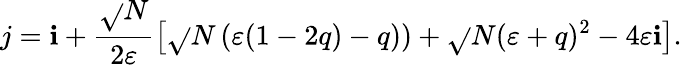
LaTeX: j=\mathbf{i}+\frac{{\sqrt{}{{N}}}}{{2\varepsilon}}\left[\sqrt{}{{N}}\left(\varepsilon(1-2q)-q)\right)+\sqrt{}{{N(\varepsilon+q)^{2}-4\varepsilon\mathbf{i}}}\right].